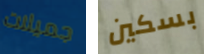
جميلات بسكين